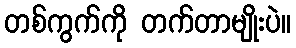
တစ်ကွက်ကို တက်တာမျိုးပဲ။